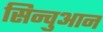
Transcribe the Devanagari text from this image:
सिन्चुआन